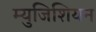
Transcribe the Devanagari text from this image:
म्युजिशियन